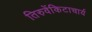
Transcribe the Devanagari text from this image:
तिरुवेंकिटाचार्य